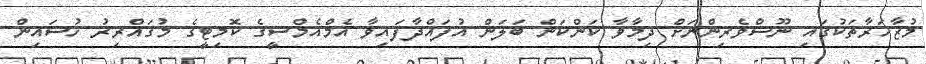
މުޒާހަރާތަކުގައި ނޫސްވެރިންނަށް ދިމާވާ ކަންކަން ބަލަން އުފައްދާފައިވާ އެމްއެމްސީގެ ކޮމިޓީގެ މުގައްރިރު ހުސައިން